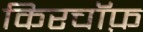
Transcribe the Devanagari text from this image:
किरचॉफ़